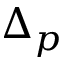
\Delta _ { p }